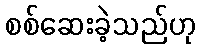
စစ်ဆေးခဲ့သည်ဟု